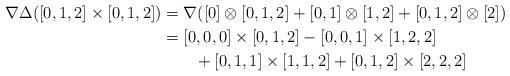
LaTeX: \begin{align*} \nabla\Delta([0,1,2]\times[0,1,2]) &= \nabla([0]\otimes[0,1,2]+[0,1]\otimes[1,2]+[0,1,2]\otimes[2]) \\ &= [0,0,0]\times[0,1,2]-[0,0,1]\times[1,2,2] \\ &\qquad+[0,1,1]\times[1,1,2]+[0,1,2]\times[2,2,2] \end{align*}